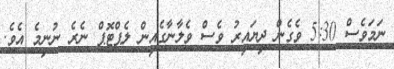
ނަމަވެސް 5:30 ވެގެން ދިޔައިރު ވެސް ވެލާނާގެއިން ލެޕްޓޮޕް ނެރެ ނުނިމެ އެވެ.